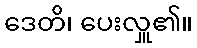
ဒေတိ၊ ပေးလှူ၏။